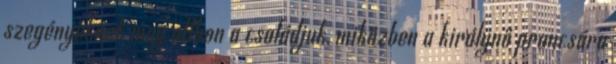
szegényeknek meg otthon a családjuk, miközben a királynő prancsára